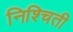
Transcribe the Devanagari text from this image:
निश्‍चिती